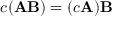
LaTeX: c ( \mathbf { A B } ) = ( c \mathbf { A } ) \mathbf { B }